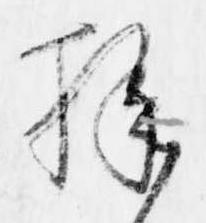
様